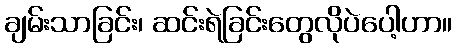
ချမ်းသာခြင်း၊ ဆင်းရဲခြင်းတွေလိုပဲပေါ့ဟာ။